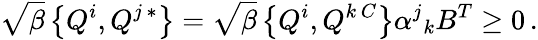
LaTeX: \sqrt{\beta}\left\{ Q^{i},Q^{j\, *}\right\} =\sqrt{\beta}\left\{ Q^{i},Q^{k\, C}\right\} \alpha^{j}{}_{k}B^{T}\geq 0\, .